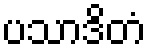
ပသာဒိတံ